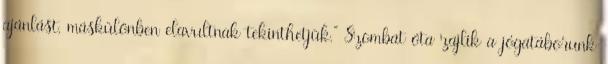
ajánlást, máskülönben elavultnak tekinthetjük." Szombat óta zajlik a jógatáborunk